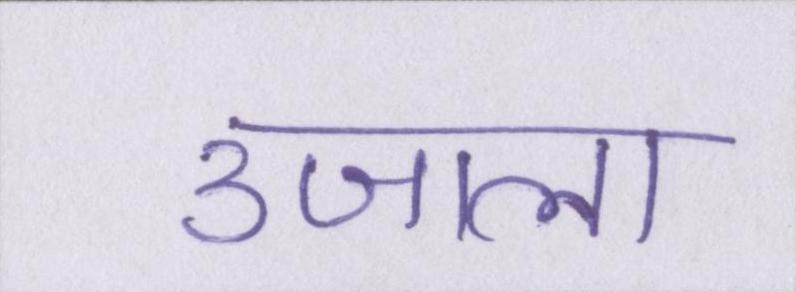
उजाला